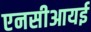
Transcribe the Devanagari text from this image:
एनसीआयई